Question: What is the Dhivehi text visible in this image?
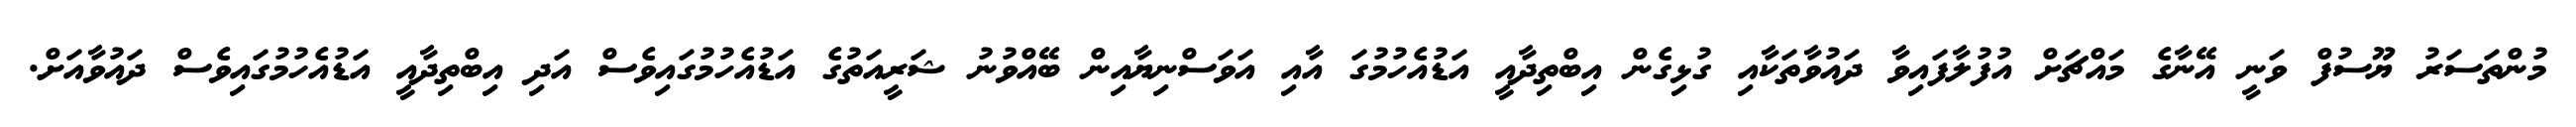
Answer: މުންތަސަރު ޔޫސުފް ވަނީ އޭނާގެ މައްޗަށް އުފުލާފައިވާ ދައުވާތަކާއި ގުޅިގެން އިބްތިދާއީ އަޑުއެހުމުގަ އާއި އަވަސްނިޔާއިން ބޭއްވުނު ޝަރީއަތުގެ އަޑުއެހުމުގައިވެސް އަދި އިބްތިދާއީ އަޑުއެހުމުގައިވެސް ދައުވާއަށް.